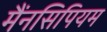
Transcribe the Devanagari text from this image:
मैंनसिपियम